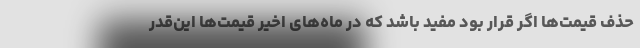
حذف قیمت‌ها اگر قرار بود مفید باشد که در ماه‌های اخیر قیمت‌ها این‌قدر